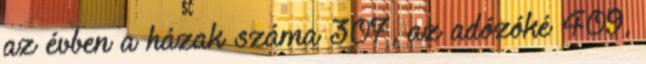
az évben a házak száma 307, az adózóké 409,